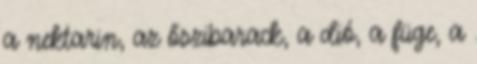
a nektarin, az őszibarack, a dió, a füge, a